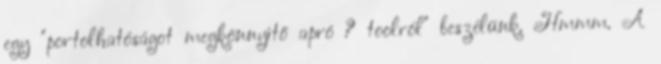
egy "portolhatóságot megkönnyítő apró ? toolról" beszélünk. Hmmm. A